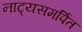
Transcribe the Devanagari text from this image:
नाट्यसमर्पित